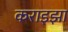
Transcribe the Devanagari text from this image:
कराइझा